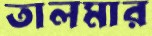
তালমার